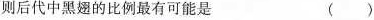
则后代中黑的比例最有可能是 （）